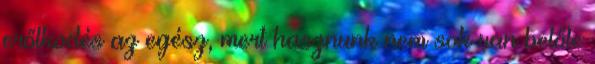
erőlkodés az egész, mert hasznunk nem sok van belőle